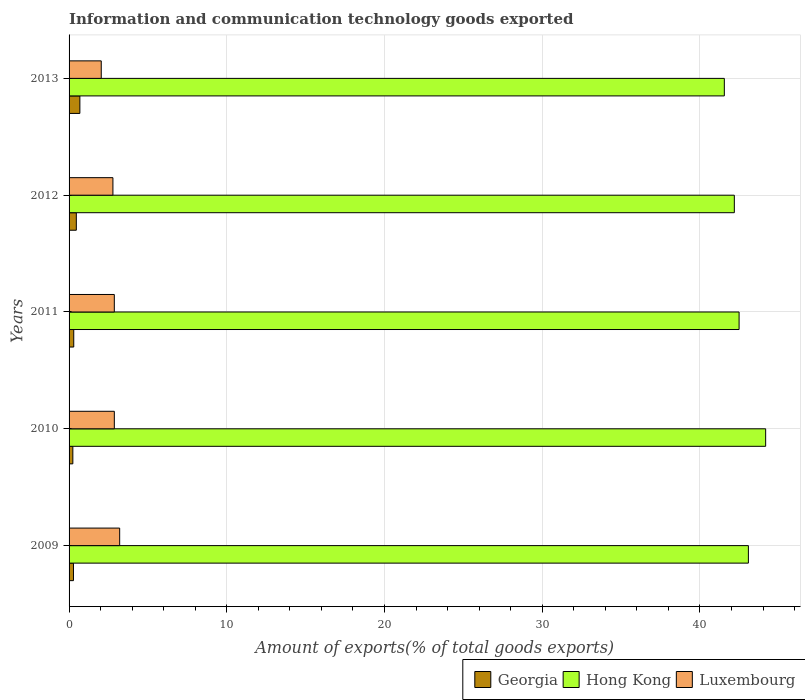
| Years | Georgia | Hong Kong | Luxembourg |
 | --- | --- | --- | --- |
 | 2009 | 0.279 | 43.1 | 3.21 |
 | 2010 | 0.239 | 44.2 | 2.87 |
 | 2011 | 0.296 | 42.5 | 2.87 |
 | 2012 | 0.46 | 42.2 | 2.78 |
 | 2013 | 0.685 | 41.5 | 2.04 |